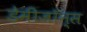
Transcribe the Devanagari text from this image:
डेमीजॉन्स